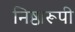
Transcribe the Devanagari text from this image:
निष्ठारूपी